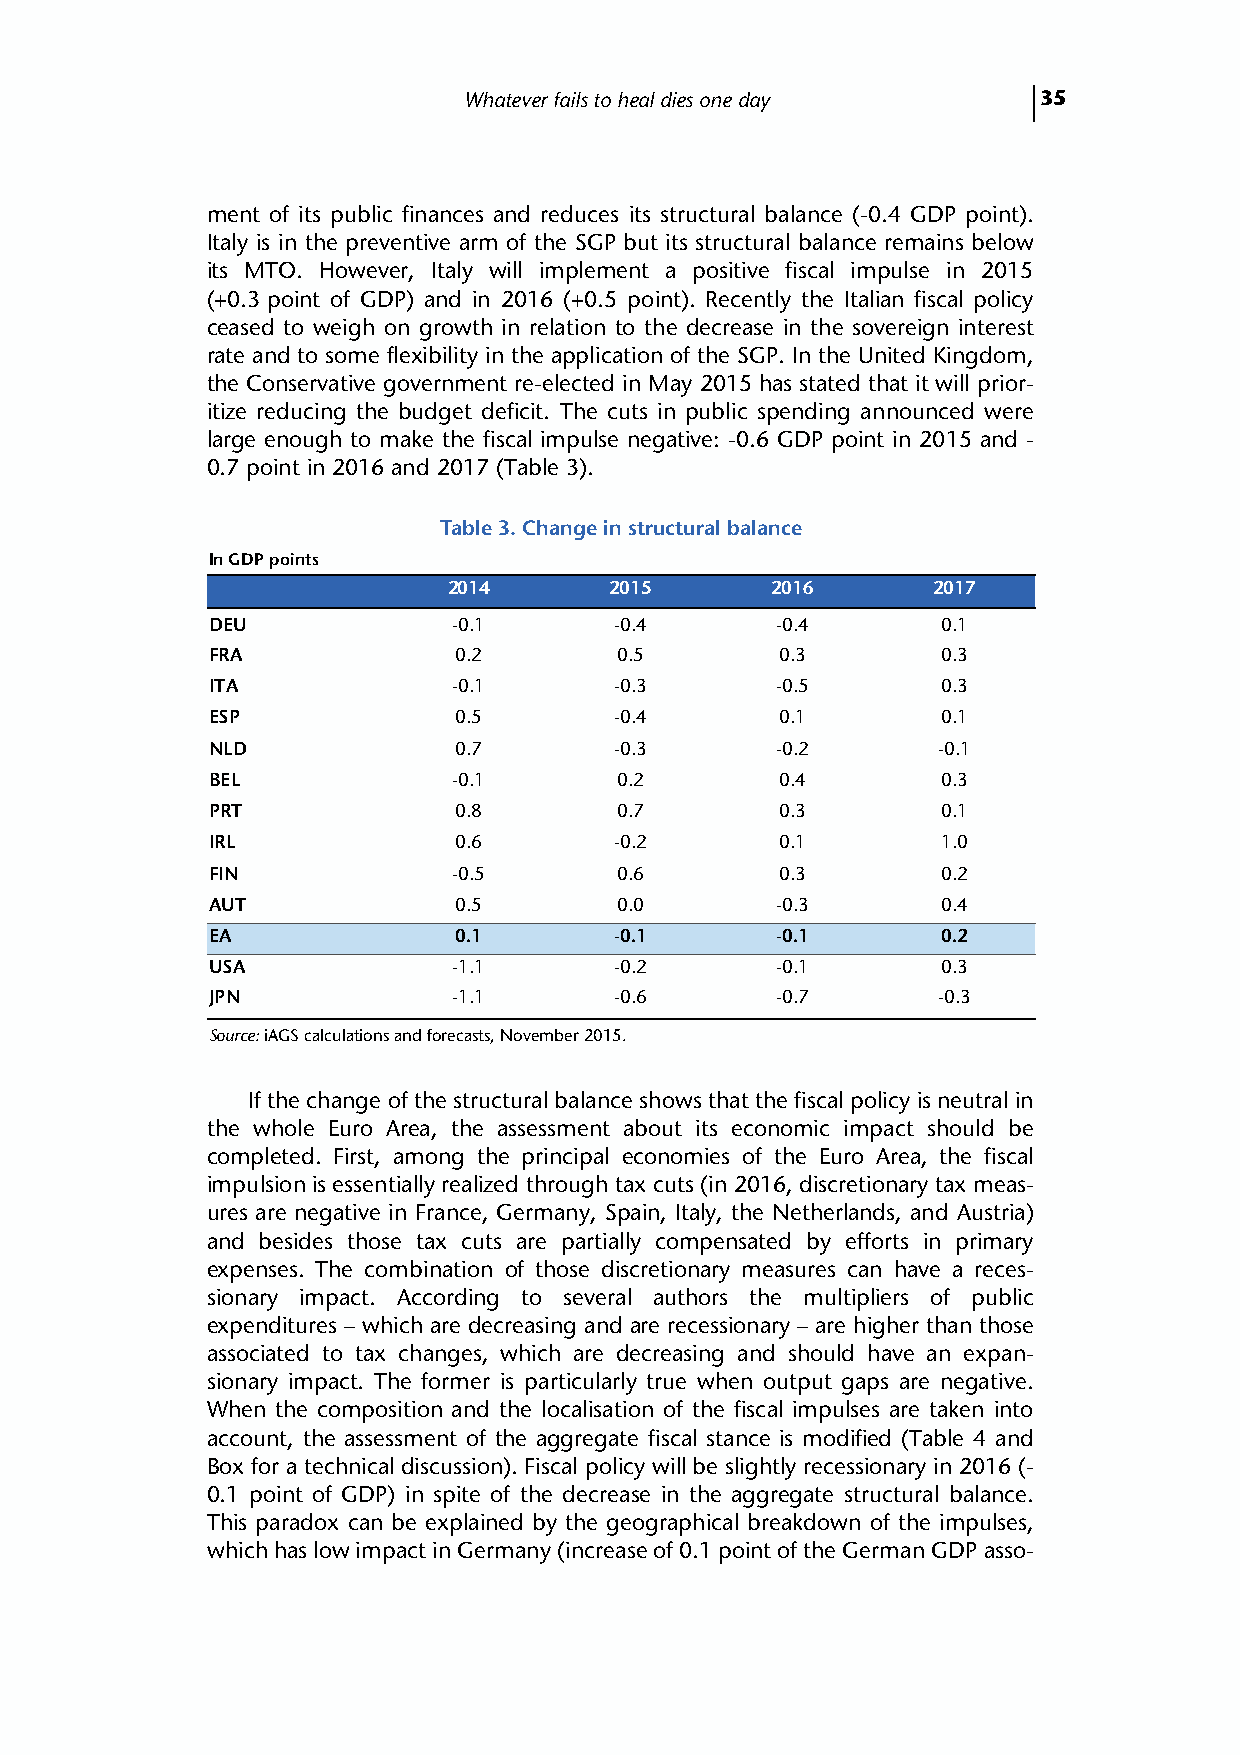
Whatever fails to heal dies one day   35
 ment of its public finances and reduces its structural balance (-0.4 GDP point).
 Italy is in the preventive arm of the SGP but its structural balance remains below
 its MTO. However, Italy will implement a positive fiscal impulse in 2015
 (+0.3 point of GDP) and in 2016 (+0.5 point). Recently the Italian fiscal policy
 ceased to weigh on growth in relation to the decrease in the sovereign interest
 rate and to some flexibility in the application of the SGP. In the United Kingdom,
 the Conservative government re-elected in May 2015 has stated that it will prior-
 itize reducing the budget deficit. The cuts in public spending announced were
 large enough to make the fiscal impulse negative: -0.6 GDP point in 2015 and -
 0.7 point in 2016 and 2017 (Table 3).
 Table 3. Change in structural balance
 In GDP points
 2014      2015       2016       2017
 DEU             -0.1       -0.4      -0.4       0.1
 FRA             0.2        0.5        0.3       0.3
 ITA             -0.1       -0.3      -0.5       0.3
 ESP             0.5        -0.4       0.1       0.1
 NLD             0.7        -0.3      -0.2       -0.1
 BEL             -0.1       0.2        0.4       0.3
 PRT             0.8        0.7        0.3       0.1
 IRL             0.6        -0.2       0.1       1.0
 FIN             -0.5       0.6        0.3       0.2
 AUT             0.5        0.0       -0.3       0.4
 EA              0.1        -0.1      -0.1       0.2
 USA             -1.1       -0.2      -0.1       0.3
 JPN             -1.1       -0.6      -0.7       -0.3
 Source: iAGS calculations and forecasts, November 2015.
 If the change of the structural balance shows that the fiscal policy is neutral in
 the whole Euro Area, the assessment about its economic impact should be
 completed. First, among the principal economies of the Euro Area, the fiscal
 impulsion is essentially realized through tax cuts (in 2016, discretionary tax meas-
 ures are negative in France, Germany, Spain, Italy, the Netherlands, and Austria)
 and besides those tax cuts are partially compensated by efforts in primary
 expenses. The combination of those discretionary measures can have a reces-
 sionary impact. According to several authors the multipliers of public
 expenditures – which are decreasing and are recessionary – are higher than those
 associated to tax changes, which are decreasing and should have an expan-
 sionary impact. The former is particularly true when output gaps are negative.
 When the composition and the localisation of the fiscal impulses are taken into
 account, the assessment of the aggregate fiscal stance is modified (Table 4 and
 Box for a technical discussion). Fiscal policy will be slightly recessionary in 2016 (-
 0.1 point of GDP) in spite of the decrease in the aggregate structural balance.
 This paradox can be explained by the geographical breakdown of the impulses,
 which has low impact in Germany (increase of 0.1 point of the German GDP asso-